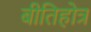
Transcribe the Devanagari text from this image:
बीतिहोत्र